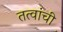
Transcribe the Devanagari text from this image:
तत्वांची